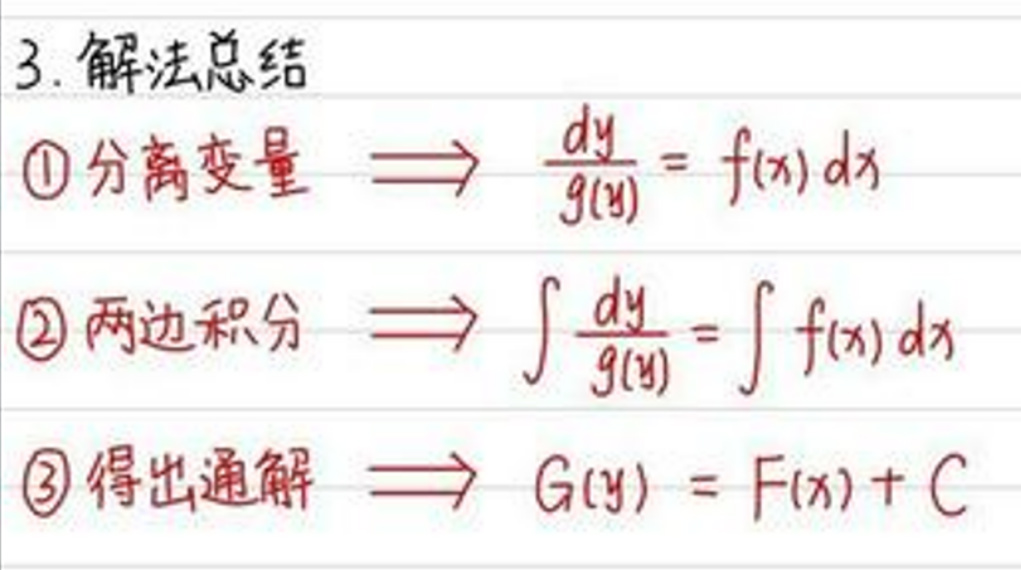
\begin{enumerate}
    \item 分离变量 \(\Rightarrow \frac{dy}{g(y)} = f(x)dx\)
    \item 两边积分 \(\Rightarrow \int \frac{dy}{g(y)}=\int f(x)dx\)
    \item 得出通解 \(\Rightarrow G(y)=F(x)+C\)
\end{enumerate}